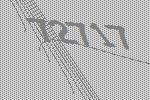
72717